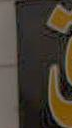
|